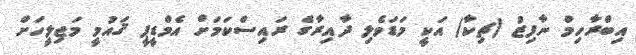
އިބްރާހިމް ނާފިޒު (ޗިކާ) އަކީ މަޑަވެލި ދާއިރާގެ ރައިސްކަމަށް އެމްޑީޕީ ޤައުމީ މަޖިލީހަށް